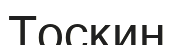
Тоскин